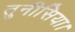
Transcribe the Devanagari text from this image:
तुनीसिया।